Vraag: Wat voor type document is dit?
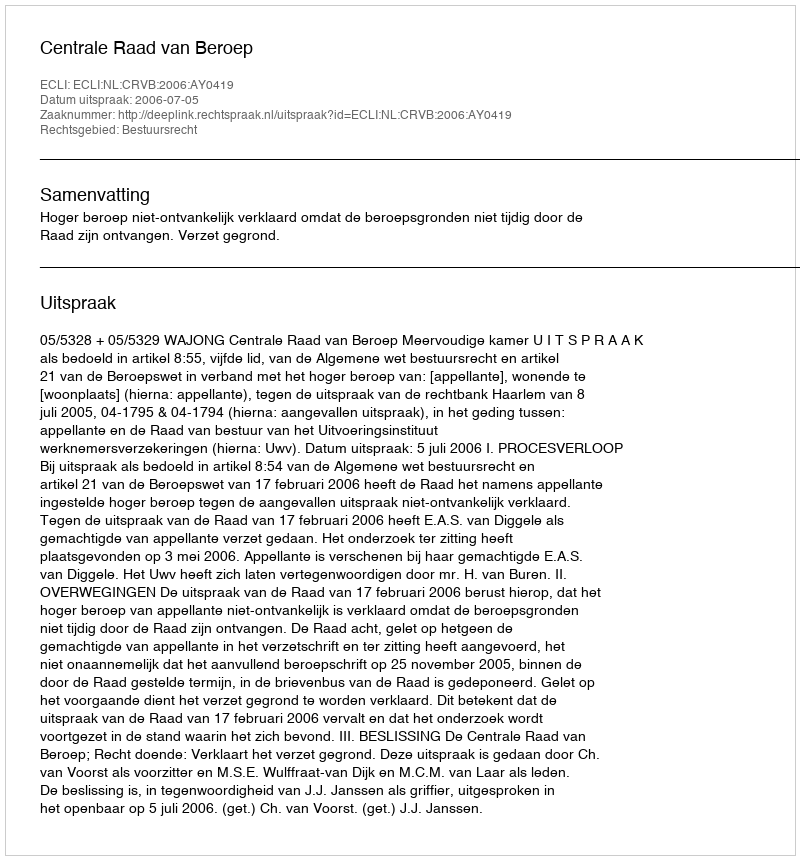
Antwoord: Uitspraak